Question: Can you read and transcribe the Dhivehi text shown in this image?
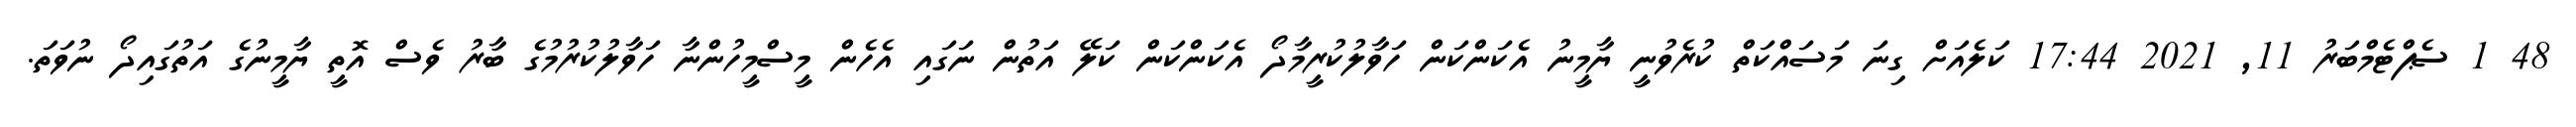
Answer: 48 1 ސެޕްޓެމްބަރު 11, 2021 17:44 ކަލެއަށް ގިނަ މަސައްކަތް ކުރެވުނީ ޔާމީނު އެކަންކަން ހަވާލުކުރީމާދޯ އެކަންކަން ކަލޭ އަތުން ނަގައި އެހެން މީސްމީހުންނާ ހަވާލުކުރުމުގެ ބާރު ވެސް އޮތީ ޔާމީނުގެ އަތުގައިދޯ ނުވަތަ.